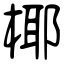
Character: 椰